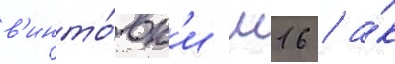
в'инто́вк'и м16 / а́к